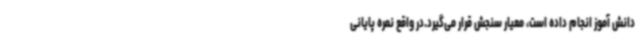
دانش آموز انجام داده است، معیار سنجش قرار می‌گیرد.در واقع نمره پایانی